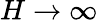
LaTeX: H\rightarrow\infty